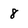
Character: 8